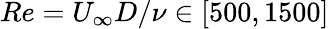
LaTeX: Re=U_{\infty}D/\nu\in[500,1500]